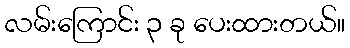
လမ်းကြောင်း ၃ ခု ပေးထားတယ်။